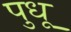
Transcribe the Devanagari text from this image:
पुधू